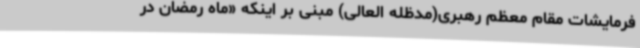
فرمایشات مقام معظم رهبری(مدظله العالی) مبنی بر اینکه «ماه رمضان در